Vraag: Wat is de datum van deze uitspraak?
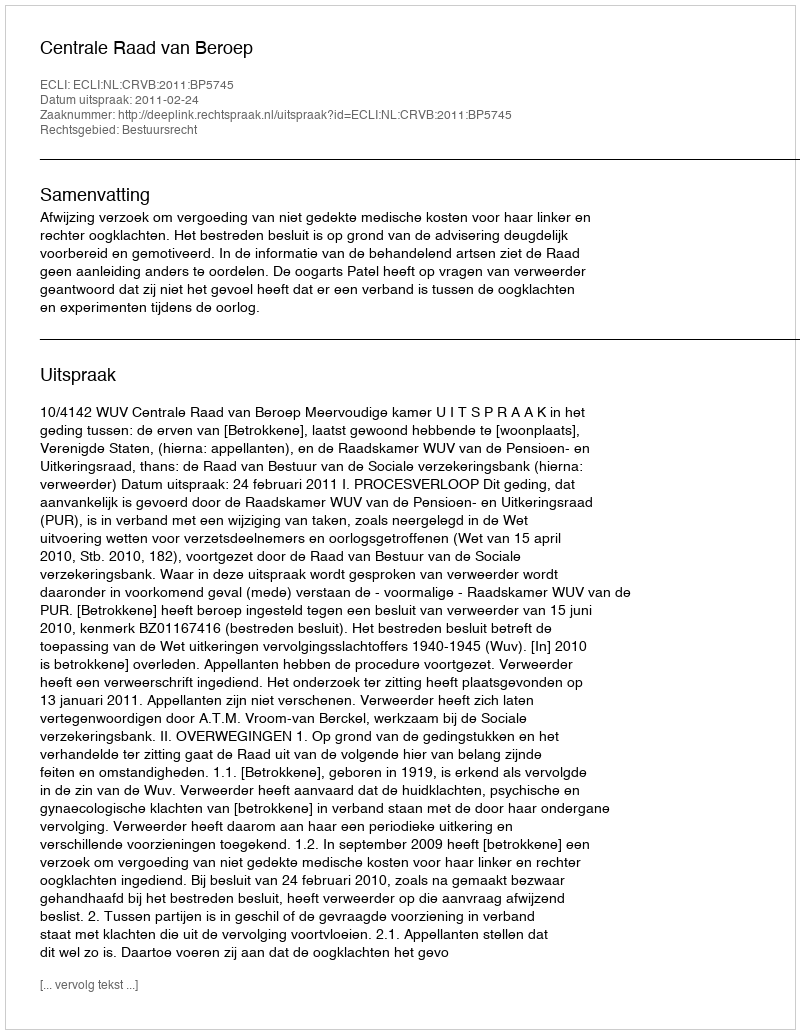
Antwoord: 2011-02-24